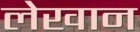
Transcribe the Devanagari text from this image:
लेखान